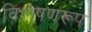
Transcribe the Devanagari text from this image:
विशेषणरूप